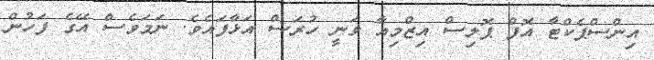
އިންސްޕެކްޓާ އޮފް ޕޮލިސް އިޒްމިއާ ވަނީ ހުރަސް އަޅާފައެވެ. ނަމަވެސް އޭގެ ފަހުން